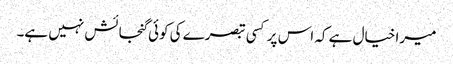
میرا خیال ہے کہ اس پر کسی تبصرے کی کوئی گنجائش نہیں ہے۔